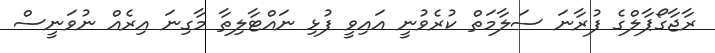
ރާޖާގޯޕާލްގެ ފުރާނަ ސަލާމަތް ކުރެވުނީ އައިވީ ފުޅި ނައްޓާލިތާ މާގިނަ އިރެއް ނުވަނީސް